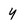
Character: Y